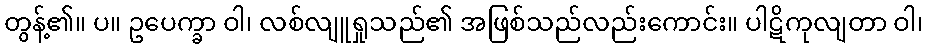
တွန့်၏။ ပ။ ဥပေက္ခာ ဝါ၊ လစ်လျူရှုသည်၏ အဖြစ်သည်လည်းကောင်း။ ပါဋိကုလျတာ ဝါ၊